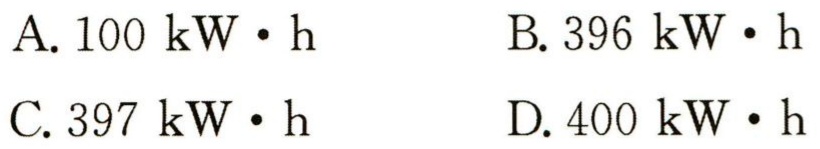
A. \(100\mathrm{~kW}\cdot\mathrm{h}\)
B. \(396\mathrm{~kW}\cdot\mathrm{h}\)
C. \(397\mathrm{~kW}\cdot\mathrm{h}\)
D. \(400\mathrm{~kW}\cdot\mathrm{h}\)